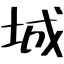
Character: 城